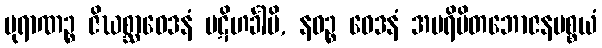
ပုရာဏဉ္စ ဇိဃစ္ဆာဝေဒနံ ပဋိဟင်္ခါမိ, နဝဉ္စ ဝေဒနံ အပရိမိတဘောဇနပစ္စယံ